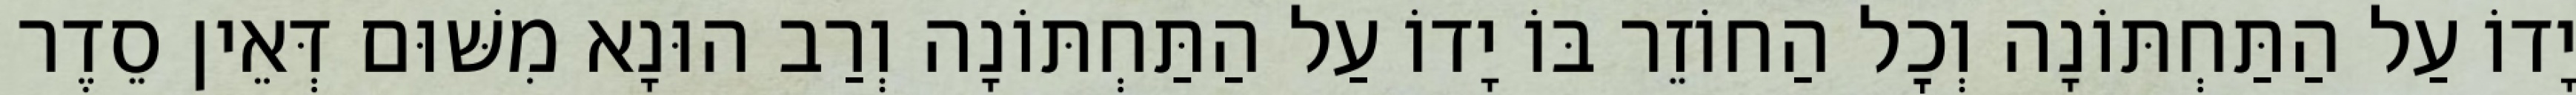
יָדוֹ עַל הַתַּחְתּוֹנָה וְכׇל הַחוֹזֵר בּוֹ יָדוֹ עַל הַתַּחְתּוֹנָה וְרַב הוּנָא מִשּׁוּם דְּאֵין סֵדֶר